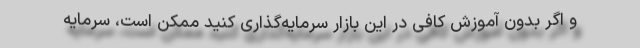
و اگر بدون آموزش کافی در این بازار سرمایه‌گذاری کنید ممکن است، سرمایه